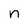
Character: n